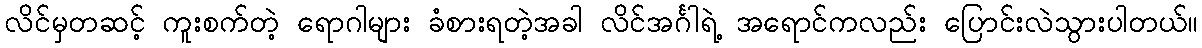
လိင်မှတဆင့် ကူးစက်တဲ့ ရောဂါများ ခံစားရတဲ့အခါ လိင်အင်္ဂါရဲ့ အရောင်ကလည်း ပြောင်းလဲသွားပါတယ်။